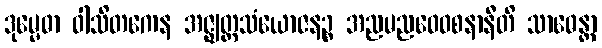
ဒုမ္မေဓာ ဝါသိတကေန အဇ္ဈတ္တသံယောဇနဉ္စ အညမညဝေဝစနာနီတိ သာဓေန္တာ